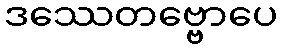
ဒဿေတဗ္ဗောပေ